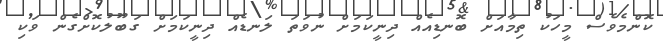
ކޮންމެވެސް މީހަކު ތިމާއަށް ބޮނޑިއެއް ދިނީކަމަށް ނުވަތަ ލަނޑެއް ދިނީކަމަށް ގަބޫލުކޮށްގެން ވަކި